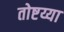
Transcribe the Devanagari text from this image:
तोष्टय्या